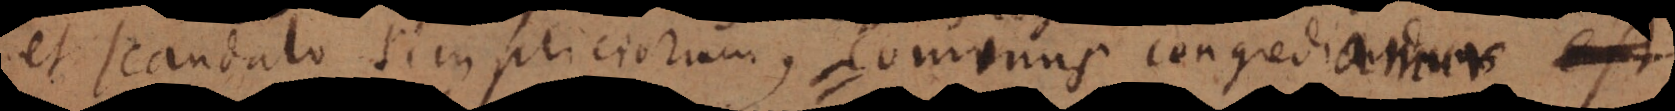
et scandalo simpliciorum, cominus congredia